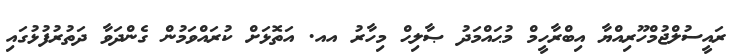
ރައީސުލްޖުމްހޫރިއްޔާ އިބްރާހީމް މުޙައްމަދު ޞާލިޙް މިހާރު އއ. އަތޮޅަށް ކުރައްވަމުން ގެންދަވާ ދަތުރުފުޅުގައި